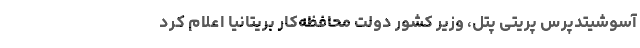
آسوشیتدپرس پریتی پتل، وزیر کشور دولت محافظه‌کار بریتانیا اعلام کرد